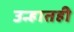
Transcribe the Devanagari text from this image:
उन्हातही